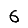
Digit: 6